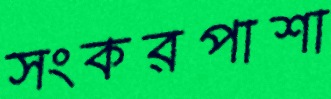
সংকরপাশা